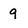
Character: 9